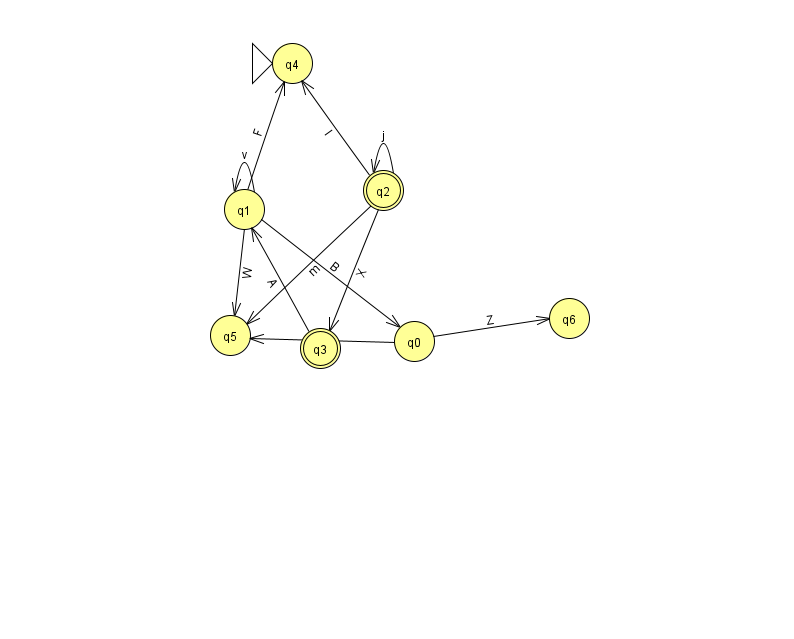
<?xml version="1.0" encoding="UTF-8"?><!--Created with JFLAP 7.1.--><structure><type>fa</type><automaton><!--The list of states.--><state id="0" name="q0"><x>414.0</x><y>328.0</y></state><state id="1" name="q1"><x>244.0</x><y>196.0</y></state><state id="2" name="q2"><x>383.0</x><y>177.0</y><final/></state><state id="3" name="q3"><x>320.0</x><y>335.0</y><final/></state><state id="4" name="q4"><x>292.0</x><y>50.0</y><initial/></state><state id="5" name="q5"><x>230.0</x><y>322.0</y></state><state id="6" name="q6"><x>569.0</x><y>305.0</y></state><!--The list of transitions.--><transition><from>2</from><to>4</to><read>I</read></transition><transition><from>2</from><to>3</to><read>X</read></transition><transition><from>0</from><to>6</to><read>Z</read></transition><transition><from>1</from><to>1</to><read>v</read></transition><transition><from>1</from><to>5</to><read>W</read></transition><transition><from>2</from><to>2</to><read>j</read></transition><transition><from>3</from><to>1</to><read>A</read></transition><transition><from>0</from><to>5</to><read>c</read></transition><transition><from>1</from><to>0</to><read>B</read></transition><transition><from>1</from><to>4</to><read>F</read></transition><transition><from>2</from><to>5</to><read>m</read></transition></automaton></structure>